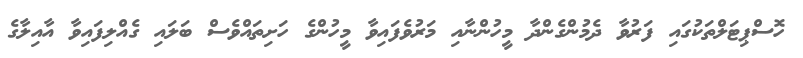
ހޮސްޕިޓަލްތަކުގައި ފަރުވާ ދެމުންގެންދާ މީހުންނާއި މަރުވެފައިވާ މީހުންގެ ހަށިތައްވެސް ބަލައި ގެއްލިފައިވާ އާއިލާގެ